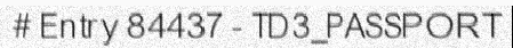
# Entry 84437 - TD3_PASSPORT